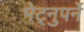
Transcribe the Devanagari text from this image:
भेट्नुपर्ने